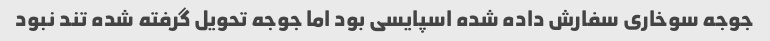
جوجه سوخاری سفارش داده شده اسپایسی بود اما جوجه تحویل گرفته شده تند نبود